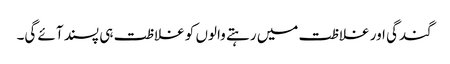
گندگی اور غلاظت میں رہتے والوں کو غلاظت ہی پسند آئے گی۔